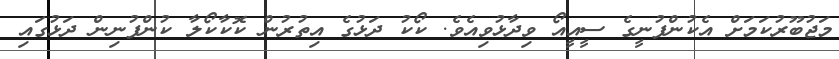
މަޖުބޫރުކަމަށް އެކުންފުނީގެ ސީއީއޯ ވިދާޅުވިއެވެ. ކޯކު ދަޅުގެ އިތުރުން ކޮކާކޯލާ ކުންފުނިން ދަޅުގައި